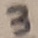
Text: 3